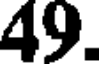
49.